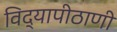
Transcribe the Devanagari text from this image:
विद्यापीठाणी